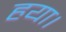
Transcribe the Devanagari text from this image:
हया।